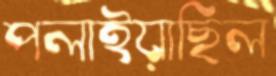
পলাইয়াছিল